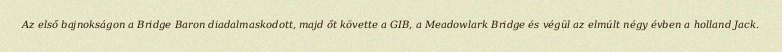
Az első bajnokságon a Bridge Baron diadalmaskodott, majd őt követte a GIB, a Meadowlark Bridge és végül az elmúlt négy évben a holland Jack.